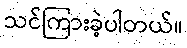
သင်ကြားခဲ့ပါတယ်။